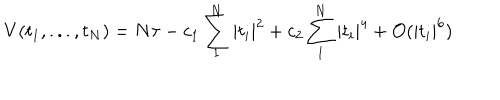
LaTeX: V ( t _ { 1 } , . . . , t _ { N } ) = N \tau - c _ { 1 } \sum _ { 1 } ^ { N } | t _ { i } | ^ { 2 } + c _ { 2 } \sum _ { 1 } ^ { N } | t _ { i } | ^ { 4 } + { \cal { O } } ( | t _ { i } | ^ { 6 } )